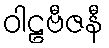
ဝါဠဗီဇနီ